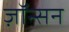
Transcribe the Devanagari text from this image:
ज़ॉन्सन